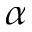
\alpha